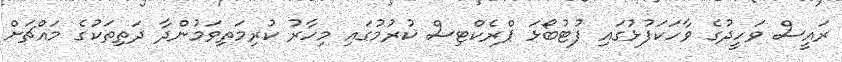
ރައީސް ވަހީދުގެ ވާހަކަފުޅުގައި ފުޓުބޯޅަ ޕްރެކްޓިސް ކުރުމުގައި މިހާރު ކުރިމަތިވަމުންދާ ދަތިތަކުގެ މައްޗަށް